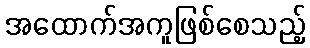
အထောက်အကူဖြစ်စေသည့်